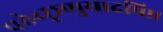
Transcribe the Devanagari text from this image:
पठेच्छृणुयादपि।।